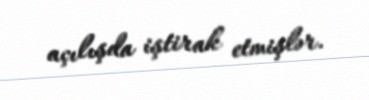
açılışda iştirak etmişlər.